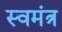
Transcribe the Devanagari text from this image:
स्वमंत्र